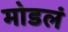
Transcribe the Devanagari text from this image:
मोडलं